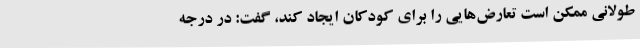
طولانی ممکن است تعارض‌هایی را برای کودکان ایجاد کند، گفت: در درجه